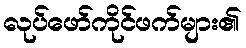
လုပ်ဖော်ကိုင်ဖက်များ၏